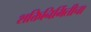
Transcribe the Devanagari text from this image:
शक्तिनिर्मितीचा